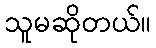
သူမဆိုတယ်။